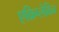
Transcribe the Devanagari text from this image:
एक्रिप्लेविन